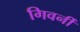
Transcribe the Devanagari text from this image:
गिवर्नी